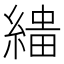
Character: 𦃠